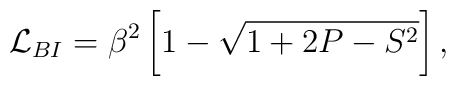
{\cal{L}}_{BI}  = \beta^2 \, \biggl[ 1 - \sqrt{1 + 2 P - S^2}\biggr] \, ,